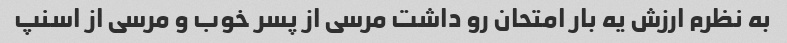
به نظرم ارزش یه بار امتحان رو داشت مرسی از پسر خوب و مرسی از اسنپ